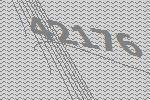
42176